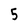
Character: 5